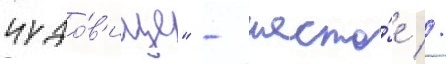
чудо́в'ище" - шесто́е //